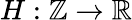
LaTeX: H:\mathbb{Z}\to\mathbb{R}